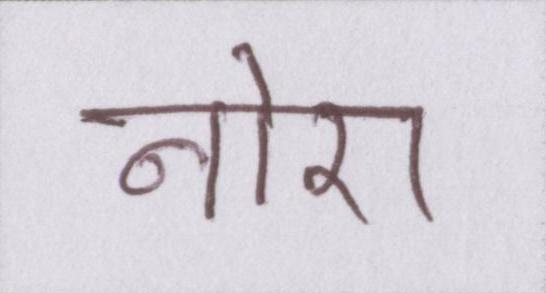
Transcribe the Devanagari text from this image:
नोरा